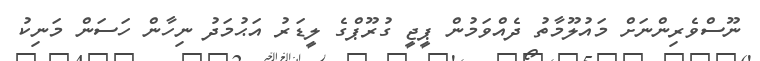
ނޫސްވެރިންނަށް މައުލޫމާތު ދެއްވަމުން ޕީޖީ ގުރޫޕްގެ ލީޑަރު އަޙުމަދު ނިހާން ހަސަން މަނިކު